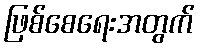
ဖြစ်စေရေးအတွက်